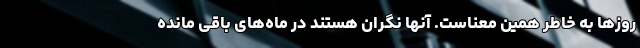
روزها به خاطر همین معناست. آنها نگران هستند در ماه‌های باقی مانده